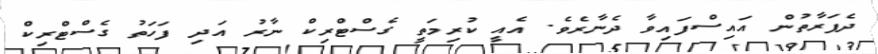
ދެފަރާތުން އައިސްފައިވާ ދެނާރެވެ. އެއީ ކުރިމަތީ ގެސްޓްރިކް ނާރު އަދި ފަހަތު ގެސްޓްރިކް